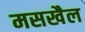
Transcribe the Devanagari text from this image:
मसखैल